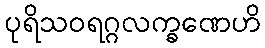
ပုရိသဝရဂ္ဂလက္ခဏေဟိ